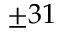
\pm 3 1